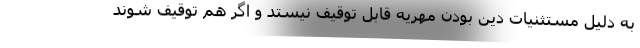
به دلیل مستثنیات دین بودن مهریه قابل توقیف نیستد و اگر هم توقیف شوند